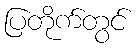
ပြတိုက်တွင်